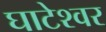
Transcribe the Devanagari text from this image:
घाटेश्वर